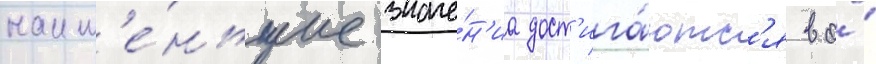
наим'е́ньшие значе́н'иа дост'ига́ютс'я во́